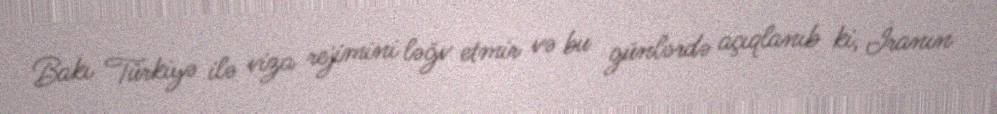
Bakı Türkiyə ilə viza rejimini ləğv etmir və bu günlərdə açıqlanıb ki, İranın